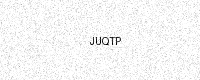
Text: JUQTP